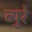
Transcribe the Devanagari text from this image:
ब्युरे